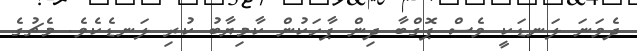
ދެވަނަ ލަނޑަކީ ވެސް ޕޮގްބާ ދިން ޕާހަކުން ކާމިޔާބު ކުރި ލަނޑެކެވެ. މެޗުގެ